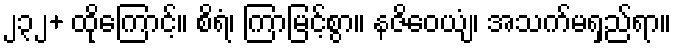
၂၃၂+ ထိုကြောင့်။ စိရံ၊ ကြာမြင့်စွာ။ နဇိဝေယျံ၊ အသက်မရှည်ရာ။